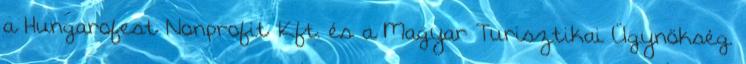
a Hungarofest Nonprofit Kft. és a Magyar Turisztikai Ügynökség.